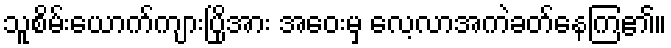
သူစိမ်းယောက်ကျားပြိုအား အဝေးမှ လေ့လာအကဲခတ်နေကြ၏။